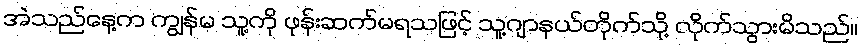
အဲသည်နေ့က ကျွန်မ သူ့ကို ဖုန်းဆက်မရသဖြင့် သူ့ဂျာနယ်တိုက်သို့ လိုက်သွားမိသည်။